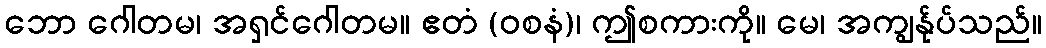
ဘော ဂေါတမ၊ အရှင်ဂေါတမ။ ဧတံ (ဝစနံ)၊ ဤစကားကို။ မေ၊ အကျွန်ုပ်သည်။